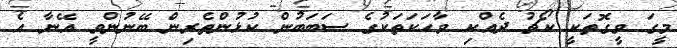
މީގަ ވީގޮތަކީ ކޯޗު ދެއްކި ވާހަކަތަކުގެ ސަބަބުން ކުޅުންތެރިން ބޭނުންވީ އޭނާ އެ